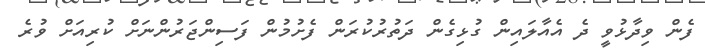
ފެން ވިދާޅުވީ ދެ އެއާލައިން ގުޅިގެން ދަތުރުކުރަން ފެށުމުން ފަސިންޖަރުންނަށް ކުރިއަށް ވުރެ